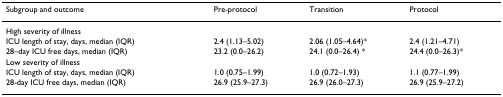
| Subgroup and outcome | Pre-protocol | Transition | Protocol |
 | --- | --- | --- | --- |
 | High severity of illness |  |  |  |
 | ICU length of stay, days, median (IQR) | 2.4 (1.13–5.02) | 2.06 (1.05–4.64)* | 2.4 (1.21–4.71) |
 | 28–day ICU free days, median (IQR) | 23.2 (0.0–26.2) | 24.1 (0.0–26.4) * | 24.4 (0.0–26.3)* |
 | Low severity of illness |  |  |  |
 | ICU length of stay, days, median (IQR) | 1.0 (0.75–1.99) | 1.0 (0.72–1.93) | 1.1 (0.77–1.99) |
 | 28-day ICU free days, median (IQR) | 26.9 (25.9–27.3) | 26.9 (26.0–27.3) | 26.9 (25.9–27.2) |